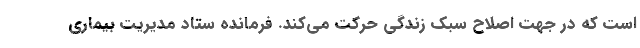
است که در جهت اصلاح سبک زندگی حرکت می‌کند. فرمانده ستاد مدیریت بیماری